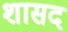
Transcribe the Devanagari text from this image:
शासद